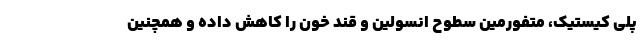
پلی کیستیک، متفورمین سطوح انسولین و قند خون را کاهش داده و همچنین